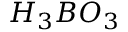
H _ { 3 } B O _ { 3 }